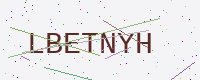
Text: LBETNYH